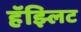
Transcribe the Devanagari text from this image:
हॅझ्लिट